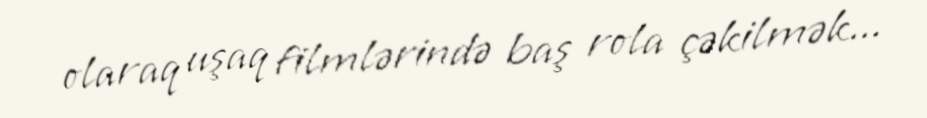
olaraq uşaq filmlərində baş rola çəkilmək...